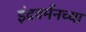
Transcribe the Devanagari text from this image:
इंद्रवर्मनच्या